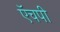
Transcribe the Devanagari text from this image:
ऍचपी